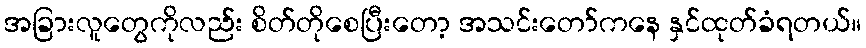
အခြားလူတွေကိုလည်း စိတ်တိုစေပြီးတော့ အသင်းတော်ကနေ နှင်ထုတ်ခံရတယ်။